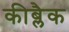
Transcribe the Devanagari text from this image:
कीब्लैक